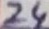
Text: 24